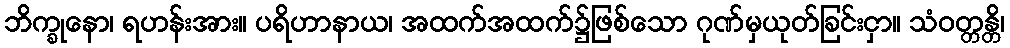
ဘိက္ခုနော၊ ရဟန်းအား။ ပရိဟာနာယ၊ အထက်အထက်၌ဖြစ်သော ဂုဏ်မှယုတ်ခြင်းငှာ။ သံဝတ္တန္တိ၊